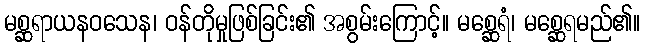
မစ္ဆရာယနဝသေန၊ ဝန်တိုမှုဖြစ်ခြင်း၏ အစွမ်းကြောင့်။ မစ္ဆေရံ၊ မစ္ဆေရမည်၏။